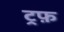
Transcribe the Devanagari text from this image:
ट्रफ़